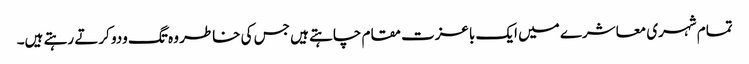
تمام شہری معاشرے میں ایک باعزت مقام چاہتے ہیں جس کی خاطر وہ تگ ودو کرتے رہتے ہیں۔